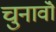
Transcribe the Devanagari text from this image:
चुनावॊं